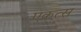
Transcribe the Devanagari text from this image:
एकत्स